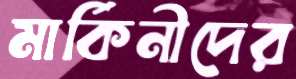
মার্কিনীদের